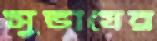
সুভাষের